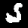
Label: 5